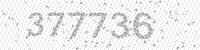
Solution: 377736